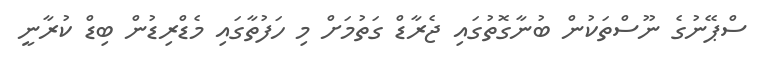
ސްޕޭނުގެ ނޫސްތަކުން ބުނާގޮތުގައި ޖެރާޑް ގަތުމަށް މި ހަފުތާގައި މެޑްރިޑުން ބިޑް ކުރާނީ